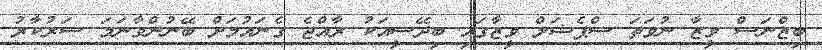
ބިޒްނަސް ވީޒާ ނުވަތަ ސްޕެޝަލް ވީޒާގައި ބިދޭސީއަކު ރާއްޖެ ގެނައުމަށް ބޭނުންވާނަމަ ސަރުކާރު